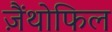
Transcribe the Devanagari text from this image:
ज़ैंथोफिल